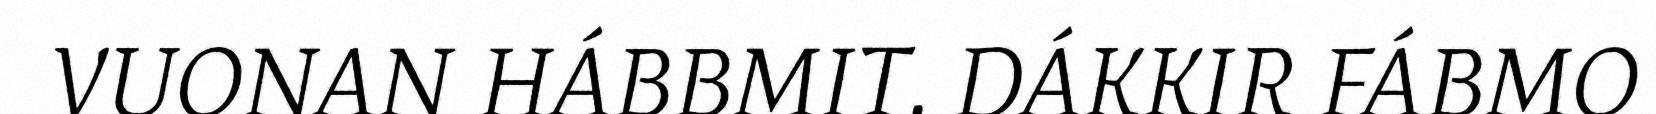
VUONAN HÁBBMIT. DÁKKIR FÁBMO